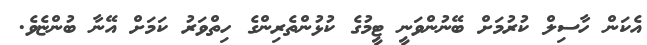
އެކަން ހާސިލް ކުރުމަށް ބޭނުންވަނީ ޓީމުގެ ކުޅުންތެރިންގެ ހިތްވަރު ކަމަށް އޭނާ ބުންޏެވެ.